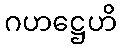
ဂဟဋ္ဌေဟိ